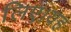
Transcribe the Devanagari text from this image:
लिए।यह